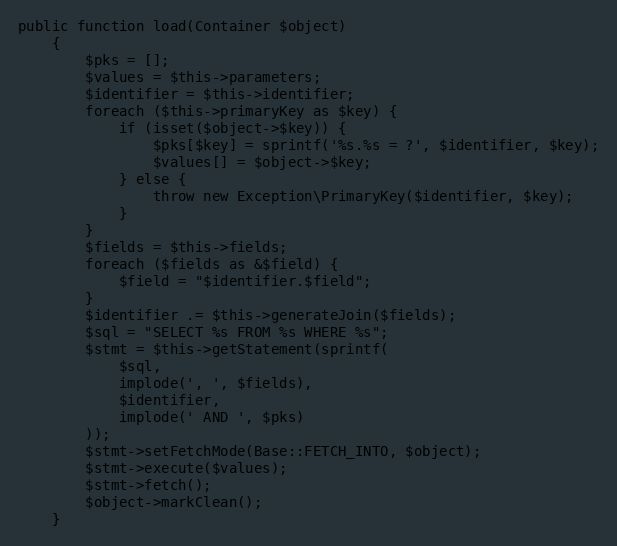
Language: PHP
public function load(Container $object)
    {
        $pks = [];
        $values = $this->parameters;
        $identifier = $this->identifier;
        foreach ($this->primaryKey as $key) {
            if (isset($object->$key)) {
                $pks[$key] = sprintf('%s.%s = ?', $identifier, $key);
                $values[] = $object->$key;
            } else {
                throw new Exception\PrimaryKey($identifier, $key);
            }
        }
        $fields = $this->fields;
        foreach ($fields as &$field) {
            $field = "$identifier.$field";
        }
        $identifier .= $this->generateJoin($fields);
        $sql = "SELECT %s FROM %s WHERE %s";
        $stmt = $this->getStatement(sprintf(
            $sql,
            implode(', ', $fields),
            $identifier,
            implode(' AND ', $pks)
        ));
        $stmt->setFetchMode(Base::FETCH_INTO, $object);
        $stmt->execute($values);
        $stmt->fetch();
        $object->markClean();
    }